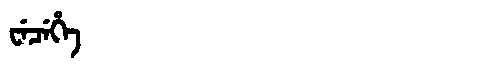
Manchu: ᠸᡝᠴᡝᡥᡝ
Romanization: WECEHE